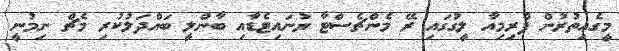
މީގެއިތުރުން ޕްރިމިއާ ލީގުގައި ރޭ މެންޗެސްޓާ ޔުނައިޓެޑާއި ބާންލީ ބައްދަލުކުރި މެޗް ނިމުނީ